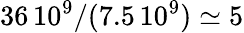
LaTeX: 36\, 10^{9}/(7.5\, 10^{9})\simeq 5